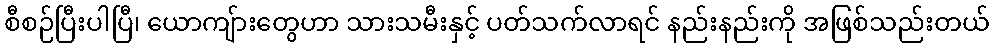
စီစဉ်ပြီးပါပြီ၊ ယောကျ်ားတွေဟာ သားသမီးနှင့် ပတ်သက်လာရင် နည်းနည်းကို အဖြစ်သည်းတယ်